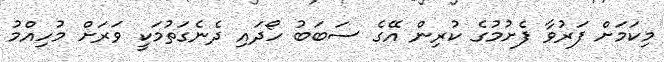
މިކަމަށް ފަރުވާ ފެށުމުގެ ކުރިން އޭގެ ސަބަބު ހޯދައި ދެނެގަތުމަކީ ވަރަށް މުހިއްމު